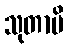
သုတာပိ